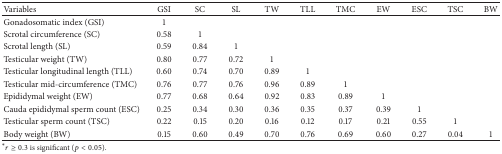
<table><thead><tr><td><b>Variables</b></td><td><b>GSI</b></td><td><b>SC</b></td><td><b>SL</b></td><td><b>TW</b></td><td><b>TLL</b></td><td><b>TMC</b></td><td><b>EW</b></td><td><b>ESC</b></td><td><b>TSC</b></td><td><b>BW</b></td></tr></thead><tbody><tr><td>Gonadosomatic index (GSI)</td><td>1</td><td> </td><td> </td><td> </td><td> </td><td> </td><td> </td><td> </td><td> </td><td> </td></tr><tr><td>Scrotal circumference (SC)</td><td>0.58</td><td>1</td><td> </td><td> </td><td> </td><td> </td><td> </td><td> </td><td> </td><td> </td></tr><tr><td>Scrotal length (SL)</td><td>0.59</td><td>0.84</td><td>1</td><td> </td><td> </td><td> </td><td> </td><td> </td><td> </td><td> </td></tr><tr><td>Testicular weight (TW)</td><td>0.80</td><td>0.77</td><td>0.72</td><td>1</td><td> </td><td> </td><td> </td><td> </td><td> </td><td> </td></tr><tr><td>Testicular longitudinal length (TLL)</td><td>0.60</td><td>0.74</td><td>0.70</td><td>0.89</td><td>1</td><td> </td><td> </td><td> </td><td> </td><td> </td></tr><tr><td>Testicular mid-circumference (TMC)</td><td>0.76</td><td>0.77</td><td>0.76</td><td>0.96</td><td>0.89</td><td>1</td><td> </td><td> </td><td> </td><td> </td></tr><tr><td>Epididymal weight (EW)</td><td>0.77</td><td>0.68</td><td>0.64</td><td>0.92</td><td>0.83</td><td>0.89</td><td>1</td><td> </td><td> </td><td> </td></tr><tr><td>Cauda epididymal sperm count (ESC)</td><td>0.25</td><td>0.34</td><td>0.30</td><td>0.36</td><td>0.35</td><td>0.37</td><td>0.39</td><td>1</td><td> </td><td> </td></tr><tr><td>Testicular sperm count (TSC)</td><td>0.22</td><td>0.15</td><td>0.20</td><td>0.16</td><td>0.12</td><td>0.17</td><td>0.21</td><td>0.55</td><td>1</td><td> </td></tr><tr><td>Body weight (BW)</td><td>0.15</td><td>0.60</td><td>0.49</td><td>0.70</td><td>0.76</td><td>0.69</td><td>0.60</td><td>0.27</td><td>0.04</td><td>1</td></tr></tbody></table>